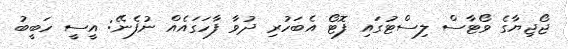
ޖޯޖިޔާގެ ވޯޓާސް ލިސްޓުގައި ފޮޓޯ އެބަހުރި ދުވާ ފާހަގައެއް ނުފެނޭ: އީސީ ހަބީބު